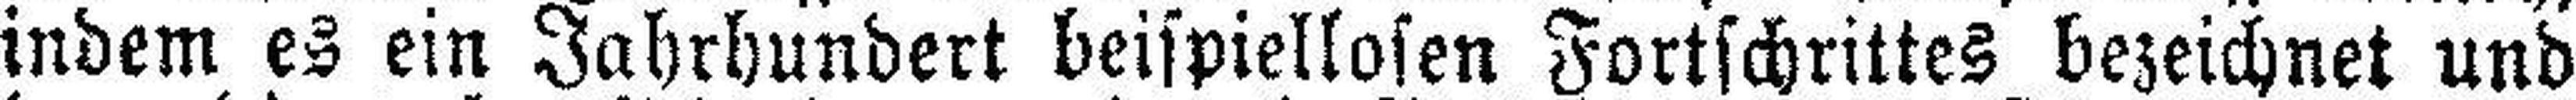
indem es ein Jahrhundert beispiellosen Fortschrittes bezeichnet und